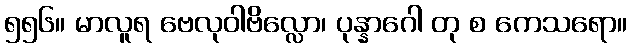
၅၅၆။ မာလူရ ဗေလုဝါဗိလ္လော၊ ပုန္နာဂေါ တု စ ကေသရော။